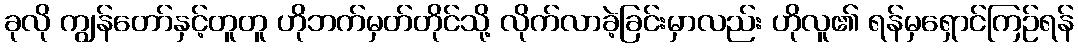
ခုလို ကျွန်တော်နှင့်တူတူ ဟိုဘက်မှတ်တိုင်သို့ လိုက်လာခဲ့ခြင်းမှာလည်း ဟိုလူ၏ ရန်မှရှောင်ကြဉ်ရန်